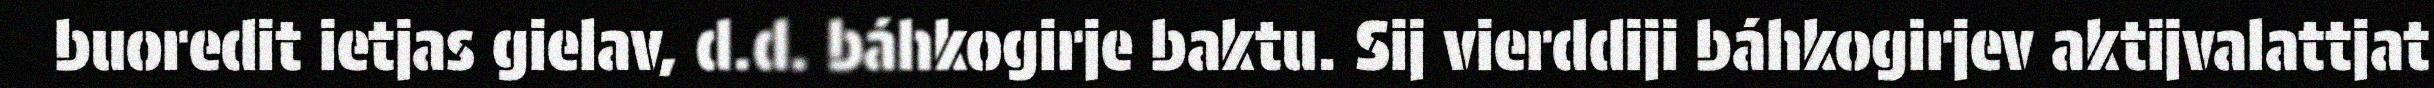
buoredit ietjas gielav, d.d. báhkogirje baktu. Sij vierddiji báhkogirjev aktijvalattjat